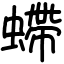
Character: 螮